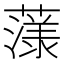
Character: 𮑲